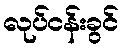
လုပ်ငန်းခွင်